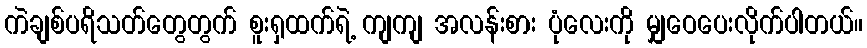
ကဲချစ်ပရိသတ်တွေတွက် စူးရှထက်ရဲ့ ကျကျ အလန်းစား ပုံလေးကို မျှဝေပေးလိုက်ပါတယ်။